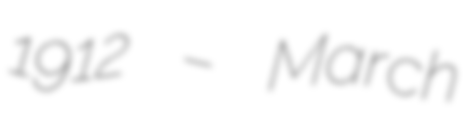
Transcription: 1912 – March